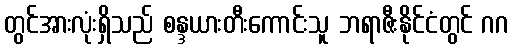
တွင်အားလုံးရှိသည် စန္ဒယားတီးကောင်းသူ ဘရာဇီးနိုင်ငံတွင် ဂဂ